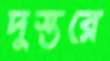
দুস্তরে